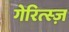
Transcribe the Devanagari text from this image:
गेरित्स्ज़